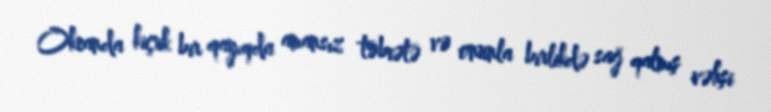
Okeanda kiçik bir qayıqda amansız təbiətə və onunla birlikdə sağ qalmış vəhşi